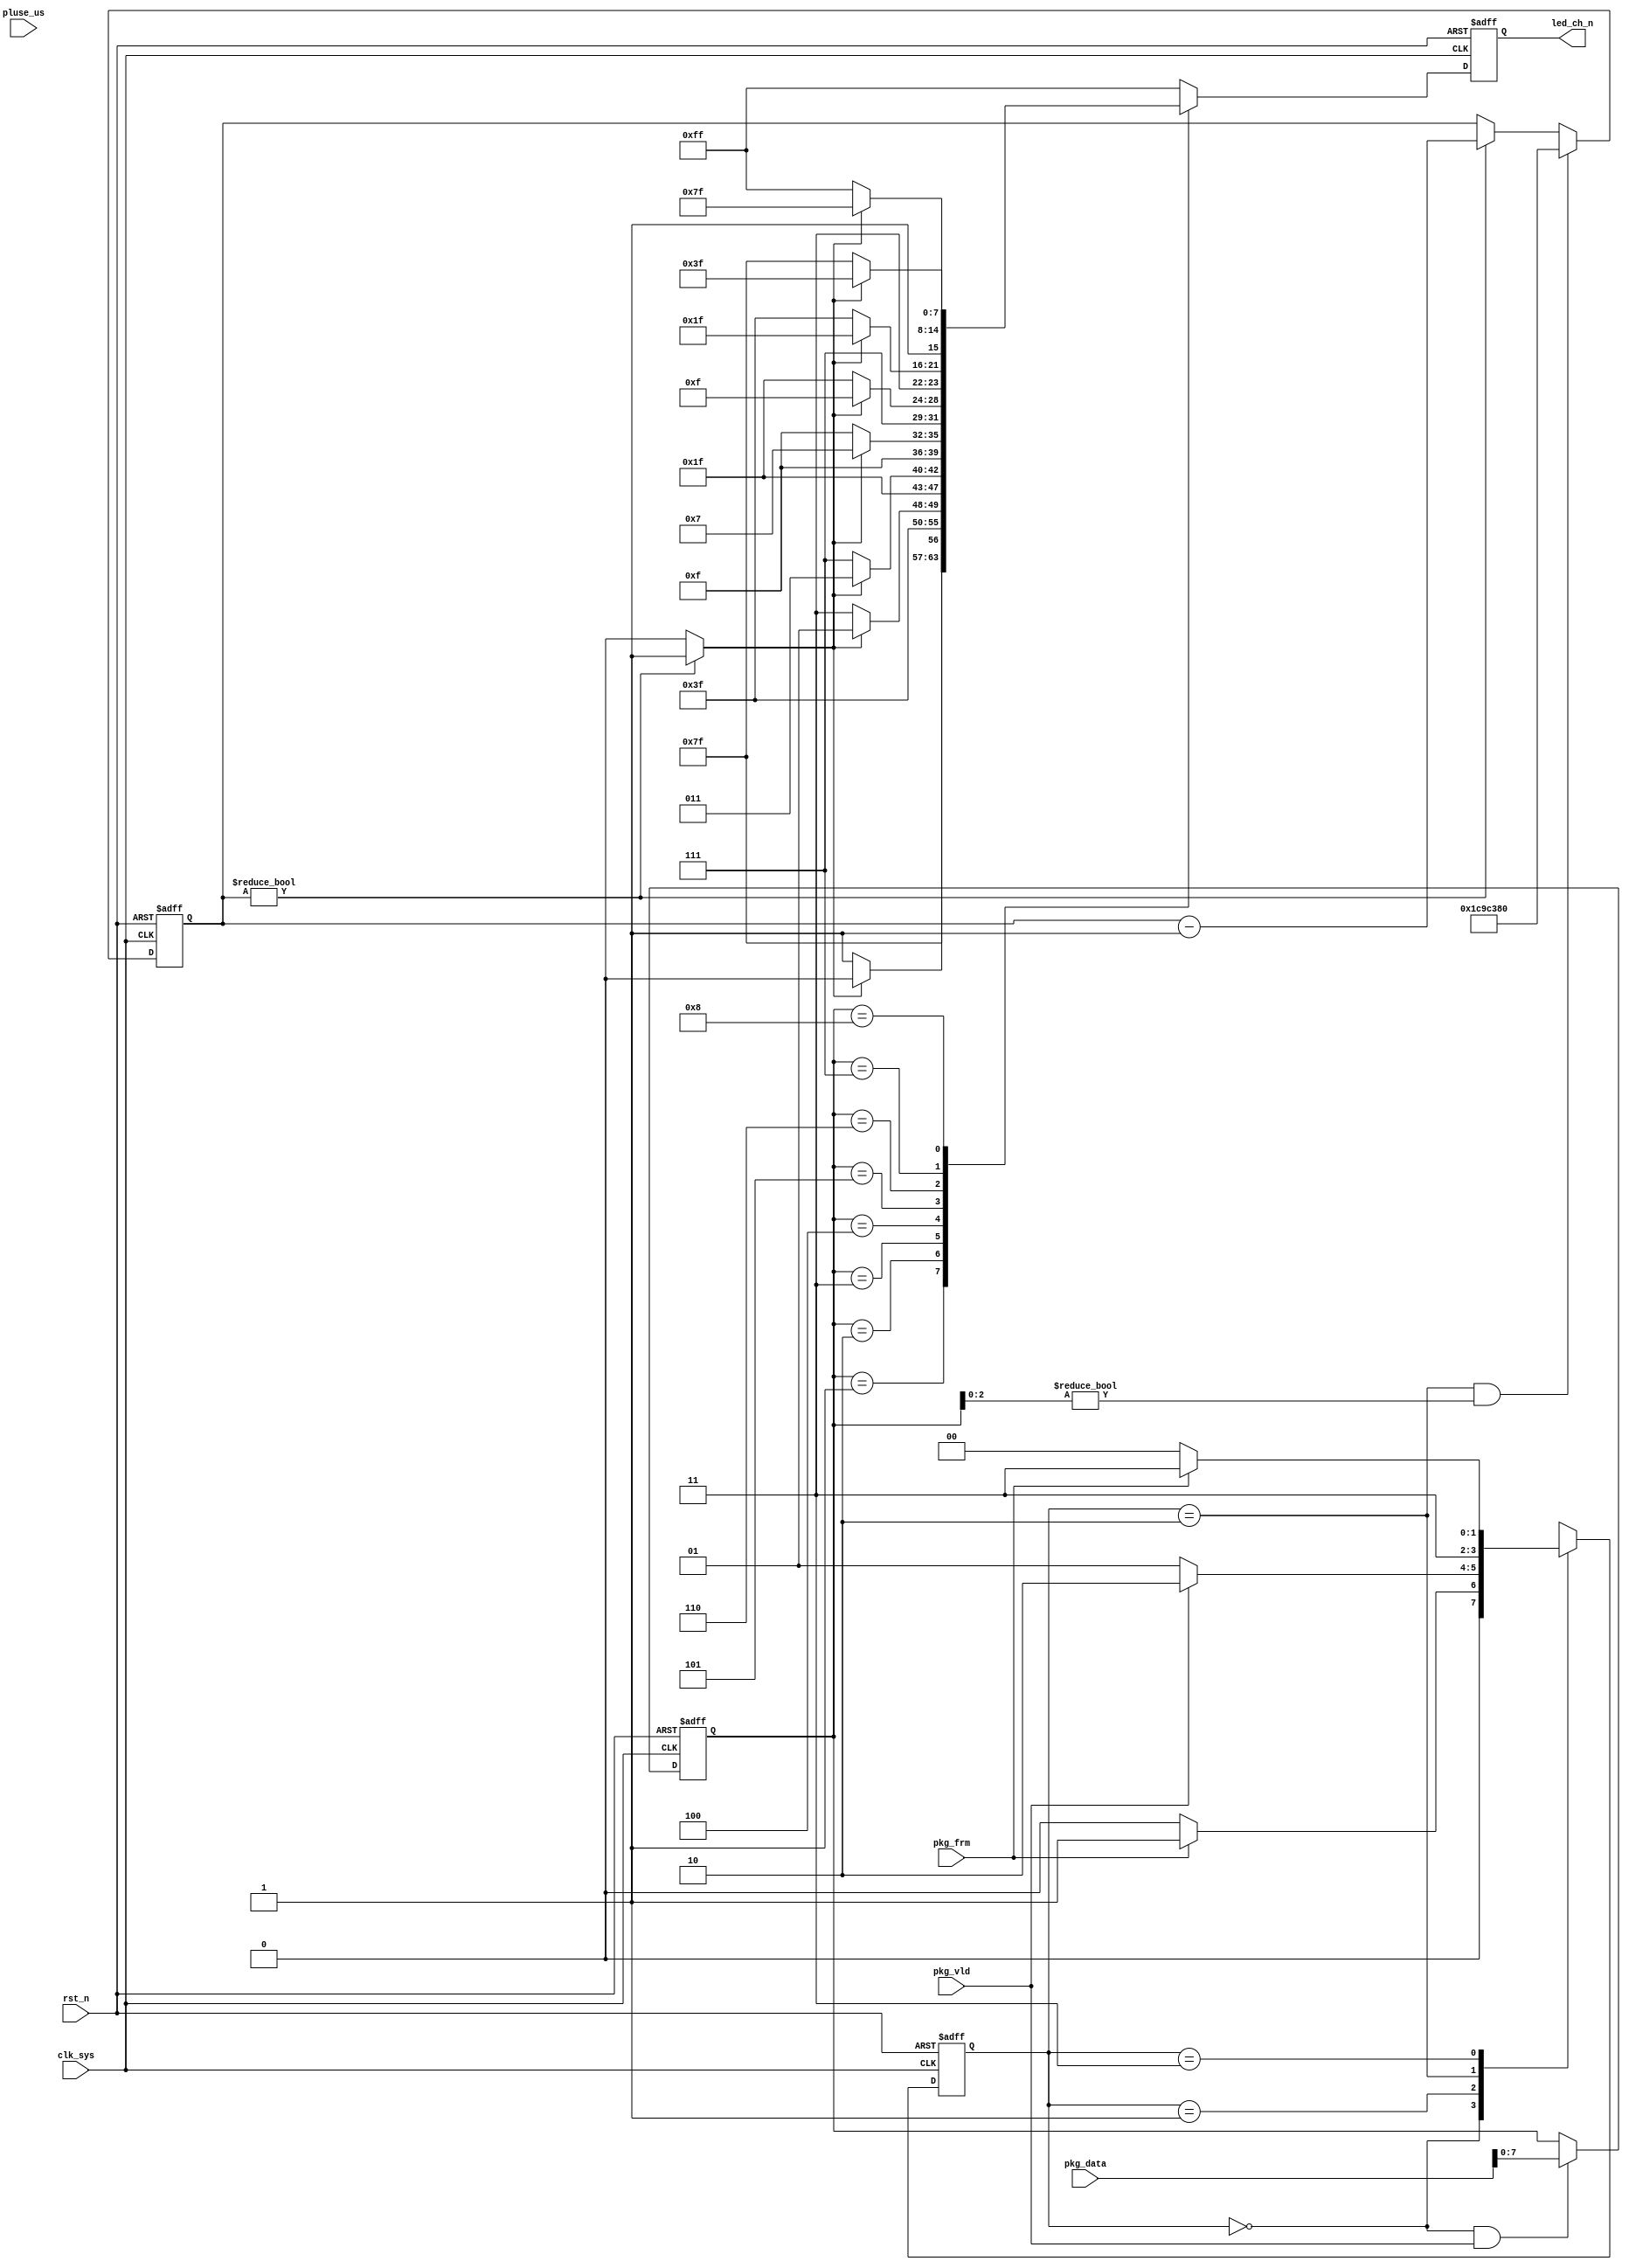
//led_pkg.v


module led_pkg(
led_ch_n,
//input signal
pkg_data,
pkg_vld,
pkg_frm,
//clk rst
clk_sys,
pluse_us,
rst_n
);
output [7:0]	led_ch_n;
//input signal
input [15:0]	pkg_data;
input				pkg_vld;
input				pkg_frm;
//clk rst
input clk_sys;
input pluse_us;
input rst_n;
//------------------------------------
//------------------------------------


reg [1:0] st_read;
parameter S_IDLE = 2'h0;
parameter S_RDY  = 2'h1;
parameter S_TRIG = 2'h2;
parameter S_LOCK = 2'h3;
always @ (posedge clk_sys or negedge rst_n) begin
	if(~rst_n)
		st_read <= S_IDLE;
	else begin
		case(st_read)
			S_IDLE : st_read <= pkg_frm ? S_RDY : S_IDLE;
			S_RDY  : st_read <= pkg_vld ? S_TRIG : S_RDY;
			S_TRIG : st_read <= S_LOCK;
			S_LOCK : st_read <= pkg_frm ? S_LOCK : S_IDLE;
			default : st_read <= S_IDLE;
		endcase
	end
end

reg [7:0] trig_ch;
always @ (posedge clk_sys or negedge rst_n)	begin
	if(~rst_n)
		trig_ch <= 8'h0;
	else if((st_read == S_IDLE) & pkg_vld)
		trig_ch <= pkg_data[7:0];
	else ;
end


wire led_on;
wire con_led_on = (st_read == S_TRIG) && (trig_ch [2:0] != 3'h0);

reg [31:0] cnt_cycle;
always @ (posedge clk_sys or negedge rst_n)	begin
	if(~rst_n)
		cnt_cycle <= 32'h0;
	else if(con_led_on)
		cnt_cycle <= 32'd300_000_00;
	else if(cnt_cycle != 32'h0)
		cnt_cycle <= cnt_cycle - 32'h1;
	else ;
end
assign led_on = (cnt_cycle != 32'h0) ? 1'b1 : 1'b0;


reg [7:0] led_ch_n;
always @ (posedge clk_sys or negedge rst_n)	begin
	if(~rst_n)
		led_ch_n <= 8'hff;
	else begin
		case(trig_ch)
			8'h1 : led_ch_n <= led_on ? 8'b1111_1110 : 8'hff;
			8'h2 : led_ch_n <= led_on ? 8'b1111_1101 : 8'hff;
			8'h3 : led_ch_n <= led_on ? 8'b1111_1011 : 8'hff;
			8'h4 : led_ch_n <= led_on ? 8'b1111_0111 : 8'hff;
			8'h5 : led_ch_n <= led_on ? 8'b1110_1111 : 8'hff;
			8'h6 : led_ch_n <= led_on ? 8'b1101_1111 : 8'hff;
			8'h7 : led_ch_n <= led_on ? 8'b1011_1111 : 8'hff;
			8'h8 : led_ch_n <= led_on ? 8'b0111_1111 : 8'hff;		
			default : led_ch_n <= 8'hff;
		endcase
	end
end



endmodule